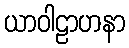
ယာဝါဠာဟနာ